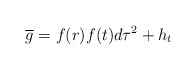
\begin{align*}\overline{g}= f(r) f(t) d\tau^2 + h_{t}\end{align*}